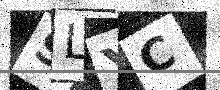
Text: SLYC